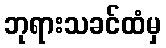
ဘုရားသခင်ထံမှ